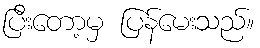
ပြီးတော့မှ ပြန်မေးသည်။